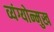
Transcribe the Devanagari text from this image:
व्यंग्योन्मुख